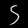
Label: 5